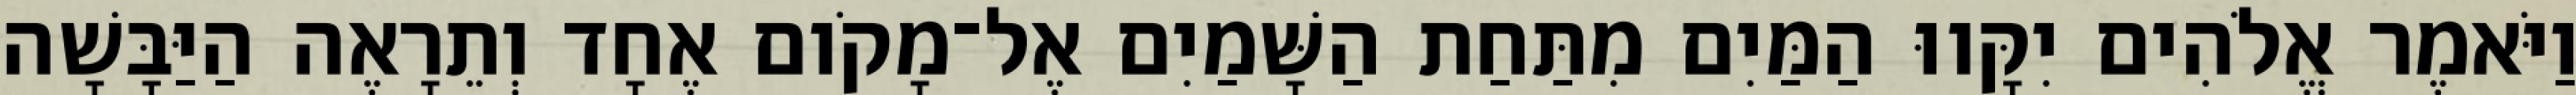
וַיֹּאמֶר אֱלֹהִים יִקָּווּ הַמַּיִם מִתַּחַת הַשָּׁמַיִם אֶל־מָקֹום אֶחָד וְתֵרָאֶה הַיַּבָּשָׁה